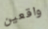
واقعين